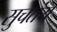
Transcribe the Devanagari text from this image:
सुचतंय